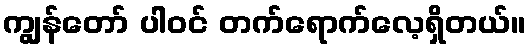
ကျွန်တော် ပါဝင် တက်ရောက်လေ့ရှိတယ်။